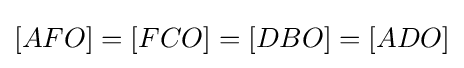
[AFO]=[FCO]=[DBO]=[ADO]